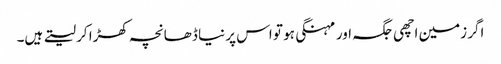
اگر زمین اچھی جگہ اور مہنگی ہو تو اس پر نیا ڈھانچہ کھڑا کر لیتے ہیں۔